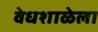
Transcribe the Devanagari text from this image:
वेधशाळेला